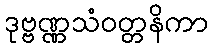
ဒုဗ္ဗဏ္ဏသံဝတ္တနိကာ